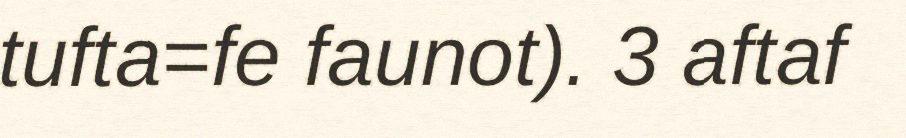
tufta=fe faunot). 3 aftaf